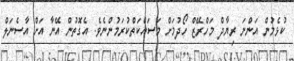
ކުޅެމުން އަންނަ ރިޔާދް މަހްރޭޒް ހޯދުމަށް މަސައްކަތްކުރަމުންނެވެ. އެގޮތުން އޭނާ އަށް އާސެނަލް